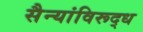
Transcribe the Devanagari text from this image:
सैन्यांविरूद्ध